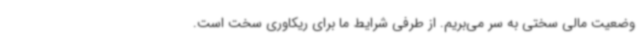
وضعیت مالی سختی به سر می‌بریم. از طرفی شرایط ما برای ریکاوری سخت است.